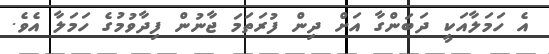
އެ ހަމަލާއަކީ ދަބަންގާ އަށް ދިން ފުރަތަމަ ޖާނުން ފިދާވުމުގެ ހަމަލާ އެވެ.